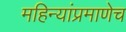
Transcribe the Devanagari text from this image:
महिन्यांप्रमाणेच